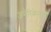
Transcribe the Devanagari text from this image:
अमेरिकेनेही